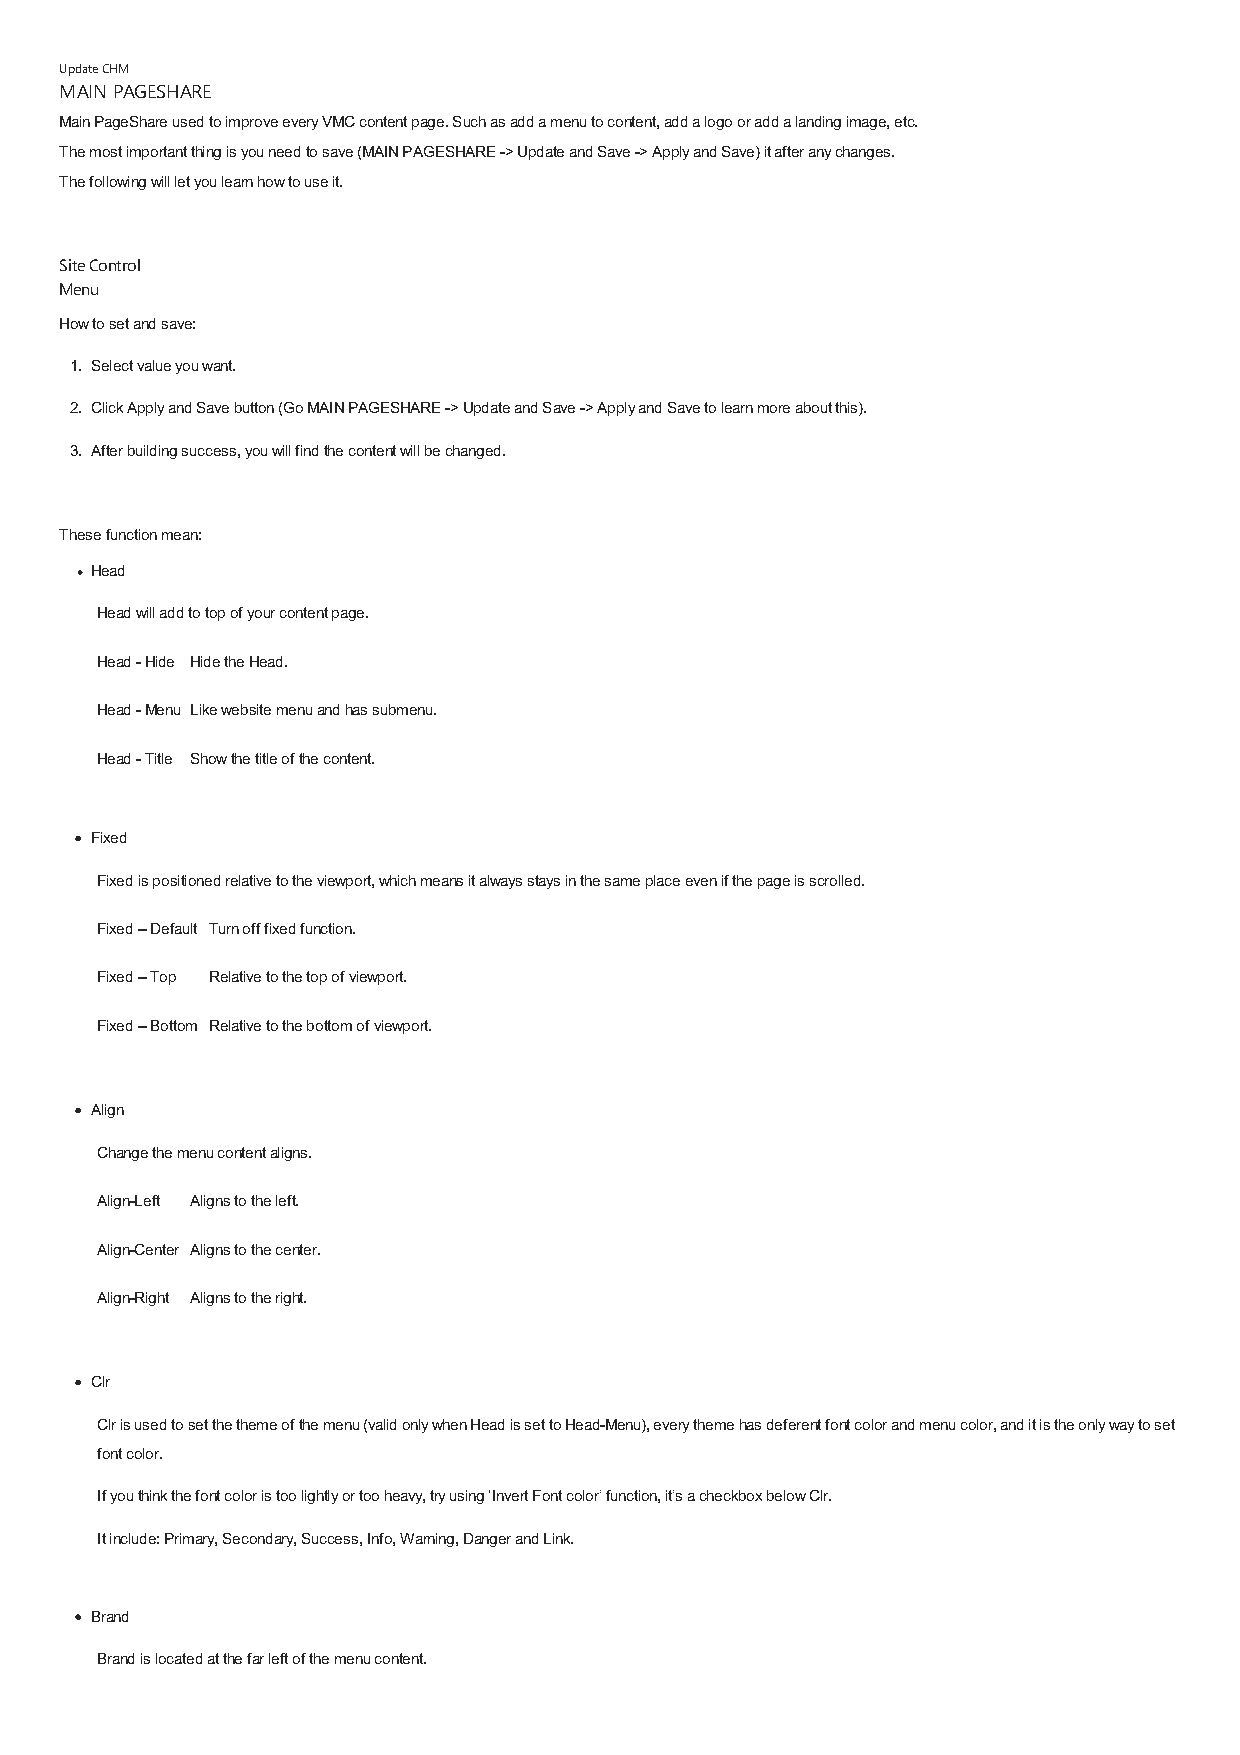
Update CHM
 MAIN PAGESHARE
 Main PageShare used to improve every VMC content page. Such as add a menu to content, add a logo or add a landing image, etc.
 The most important thing is you need to save (MAIN PAGESHARE -> Update and Save -> Apply and Save) it after any changes.
 The following will let you learn how to use it.
 Site Control
 Menu
 How to set and save:
 1. Select value you want.
 2. Click Apply and Save button (Go MAIN PAGESHARE -> Update and Save -> Apply and Save to learn more about this).
 3. After building success, you will find the content will be changed.
 These function mean:
 Head
 Head will add to top of your content page.
 Head - Hide Hide the Head.
 Head - Menu Like website menu and has submenu.
 Head - Title Show the title of the content.
 Fixed
 Fixed is positioned relative to the viewport, which means it always stays in the same place even if the page is scrolled.
 Fixed – Default Turn off fixed function.
 Fixed – Top Relative to the top of viewport.
 Fixed – Bottom Relative to the bottom of viewport.
 Align
 Change the menu content aligns.
 Align-Left Aligns to the left.
 Align-Center Aligns to the center.
 Align-Right Aligns to the right.
 Clr
 Clr is used to set the theme of the menu (valid only when Head is set to Head-Menu), every theme has deferent font color and menu color, and it is the only way to set
 font color.
 If you think the font color is too lightly or too heavy, try using ‘Invert Font color’ function, it’s a checkbox below Clr.
 It include: Primary, Secondary, Success, Info, Warning, Danger and Link.
 Brand
 Brand is located at the far left of the menu content.